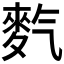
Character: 𪌇